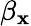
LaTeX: \beta_{\mathbf{x}}